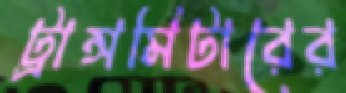
ট্রান্সমিটারের